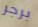
برجر